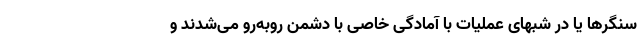
سنگرها یا در شبهای عملیات با آمادگی خاصی با دشمن روبه‌رو می‌شدند و